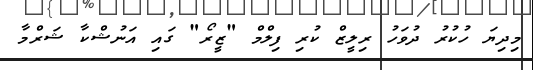
މިދިޔަ ހުކުރު ދުވަހު ރިލީޒް ކުރި ފިލްމް "ޒީރޯ" ގައި އަނުޝްކާ ޝަރްމާ